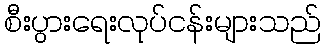
စီးပွားရေးလုပ်ငန်းများသည်